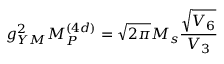
g _ { Y M } ^ { 2 } M _ { P } ^ { ( 4 d ) } = \sqrt { 2 \pi } M _ { s } \frac { \sqrt { V _ { 6 } } } { V _ { 3 } }